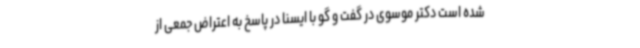
شده است دکتر موسوی در گفت و گو با ایسنا در پاسخ به اعتراض جمعی از